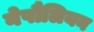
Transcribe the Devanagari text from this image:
नेपौलियन